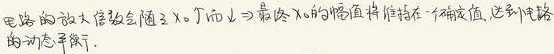
电路的放大倍数会随 \(x_0\) 而变，而当 \(x \to \infty\) 时，最终 \(x_0\) 的幅值将维持在一个确定值，达到电路的动态平衡。